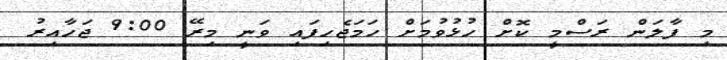
މި ފާލަން ރަސްމީ ކޮށް ހުޅުވުމަށް ހަމަޖެހިފައި ވަނީ މިރޭ 9:00 ޖަހާއިރު